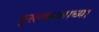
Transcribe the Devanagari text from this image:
पुस्तकाताच्या